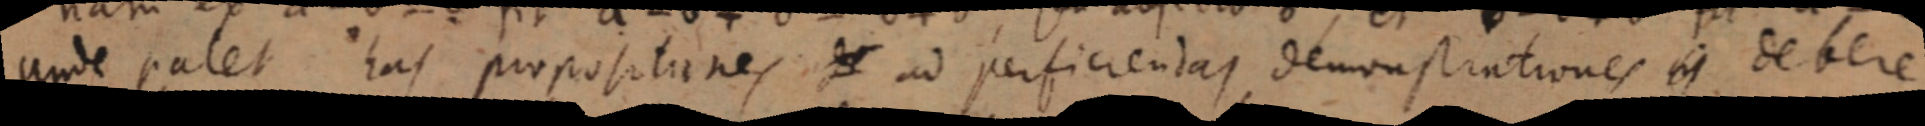
unde palet has propositanes ad perficiendas demonstrationes is debere